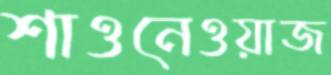
শাওনেওয়াজ